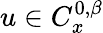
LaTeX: u\in C_{x}^{0,\beta}